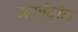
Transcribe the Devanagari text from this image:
मग्नेट्रॉन